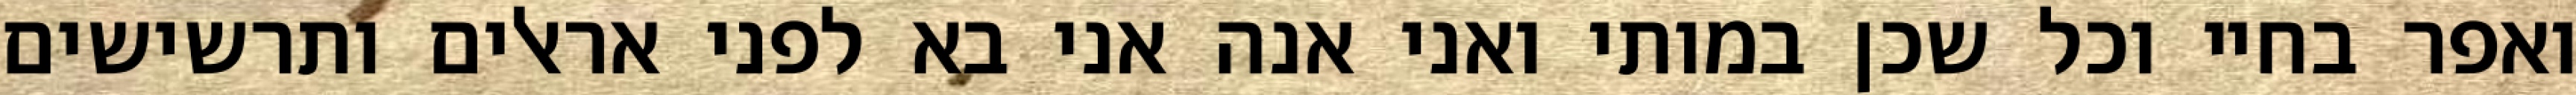
ואפר בחיי וכל שכן במותי ואני אנה אני בא לפני אראלים ותרשישים